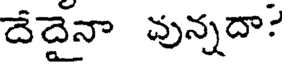
దేదైనా వున్నదా: